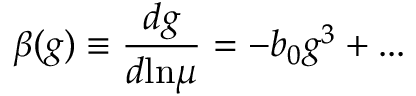
\beta ( g ) \equiv \frac { d g } { d \mathrm { l n } \mu } = - b _ { 0 } g ^ { 3 } + . . .